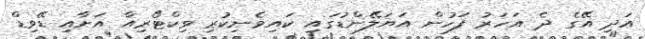
އަދި އޭގެ ދެ އަހަރު ފަހުން އަޔަލޭންޑުގައި ކައިވެނިކުރި ވިކްޓޯރިއާ އަށާއި ޑޭވިޑް